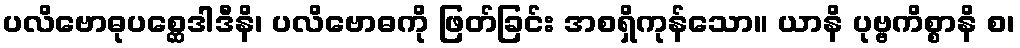
ပလိဗောဓုပစ္ဆေဒါဒီနိ၊ ပလိဗောဓကို ဖြတ်ခြင်း အစရှိကုန်သော။ ယာနိ ပုဗ္ဗကိစ္စာနိ စ၊